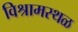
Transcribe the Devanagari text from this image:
विश्रामस्थळ